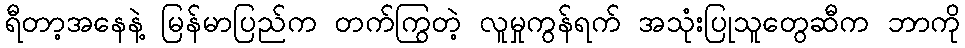
ရီတာ့အနေနဲ့ မြန်မာပြည်က တက်ကြွတဲ့ လူမှုကွန်ရက် အသုံးပြုသူတွေဆီက ဘာကို